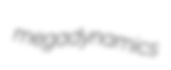
megadynamics